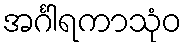
အင်္ဂါရကာသုံဝ